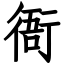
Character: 衙